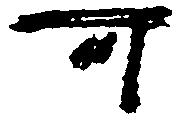
可